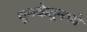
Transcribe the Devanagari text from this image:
धूमकेतूमध्ये